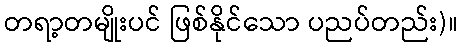
တရာ့တမျိုးပင် ဖြစ်နိုင်သော ပညပ်တည်း)။